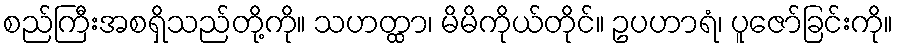
စည်ကြီးအစရှိသည်တို့ကို။ သဟတ္ထာ၊ မိမိကိုယ်တိုင်။ ဥပဟာရံ၊ ပူဇော်ခြင်းကို။